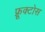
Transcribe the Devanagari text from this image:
फ़्रूक्टोस